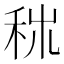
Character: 𥞕